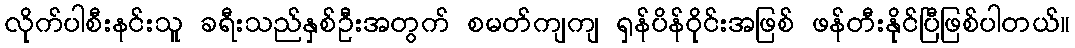
လိုက်ပါစီးနင်းသူ ခရီးသည်နှစ်ဦးအတွက် စမတ်ကျကျ ရှန်ပိန်ဝိုင်းအဖြစ် ဖန်တီးနိုင်ပြီဖြစ်ပါတယ်။